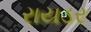
રાયડર